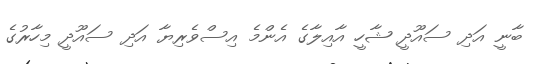
ބާނީ އަދި ސައޫދީ ޝާހީ އާއިލާގެ އެންމެ އިސްވެރިޔާ އަދި ސައޫދީ މިހާރުގެ